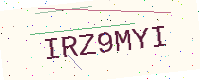
Text: IRZ9MYI